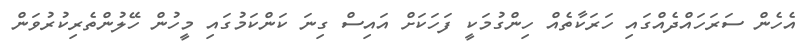
އެހެން ސަރަހައްދެއްގައި ހަރަކާތެއް ހިންގުމަކީ ފަހަކަށް އައިސް ގިނަ ކަންކަމުގައި މީހުން ހޭލުންތެރިކުރުވަން